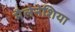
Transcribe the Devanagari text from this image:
मैलेनेशिया